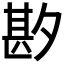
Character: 𫯑